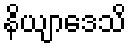
နိယျာဒေသိ